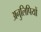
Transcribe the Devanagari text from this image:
अनुलिपियों